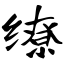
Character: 缭